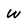
Character: W